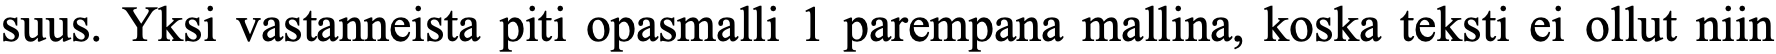
suus. Yksi vastanneista piti opasmalli 1 parempana mallina, koska teksti ei ollut niin